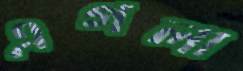
এগলা